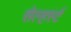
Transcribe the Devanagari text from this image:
सेल्हर्स्ट